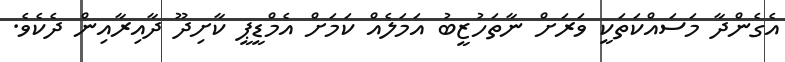
އެގެންދާ މަސައްކަތަކީ ވަރަށް ނާތަހުޒީބު އަމަލެއް ކަމަށް އެމްޑީޕީ ކާށިދޫ ދާއިރާއިން ދެކެވެ.